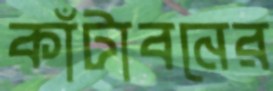
কাঁটাবনের